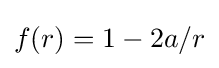
f(r)=1-2a/r